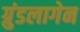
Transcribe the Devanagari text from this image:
ग्रुंडलागेन